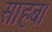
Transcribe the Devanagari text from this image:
साहब।